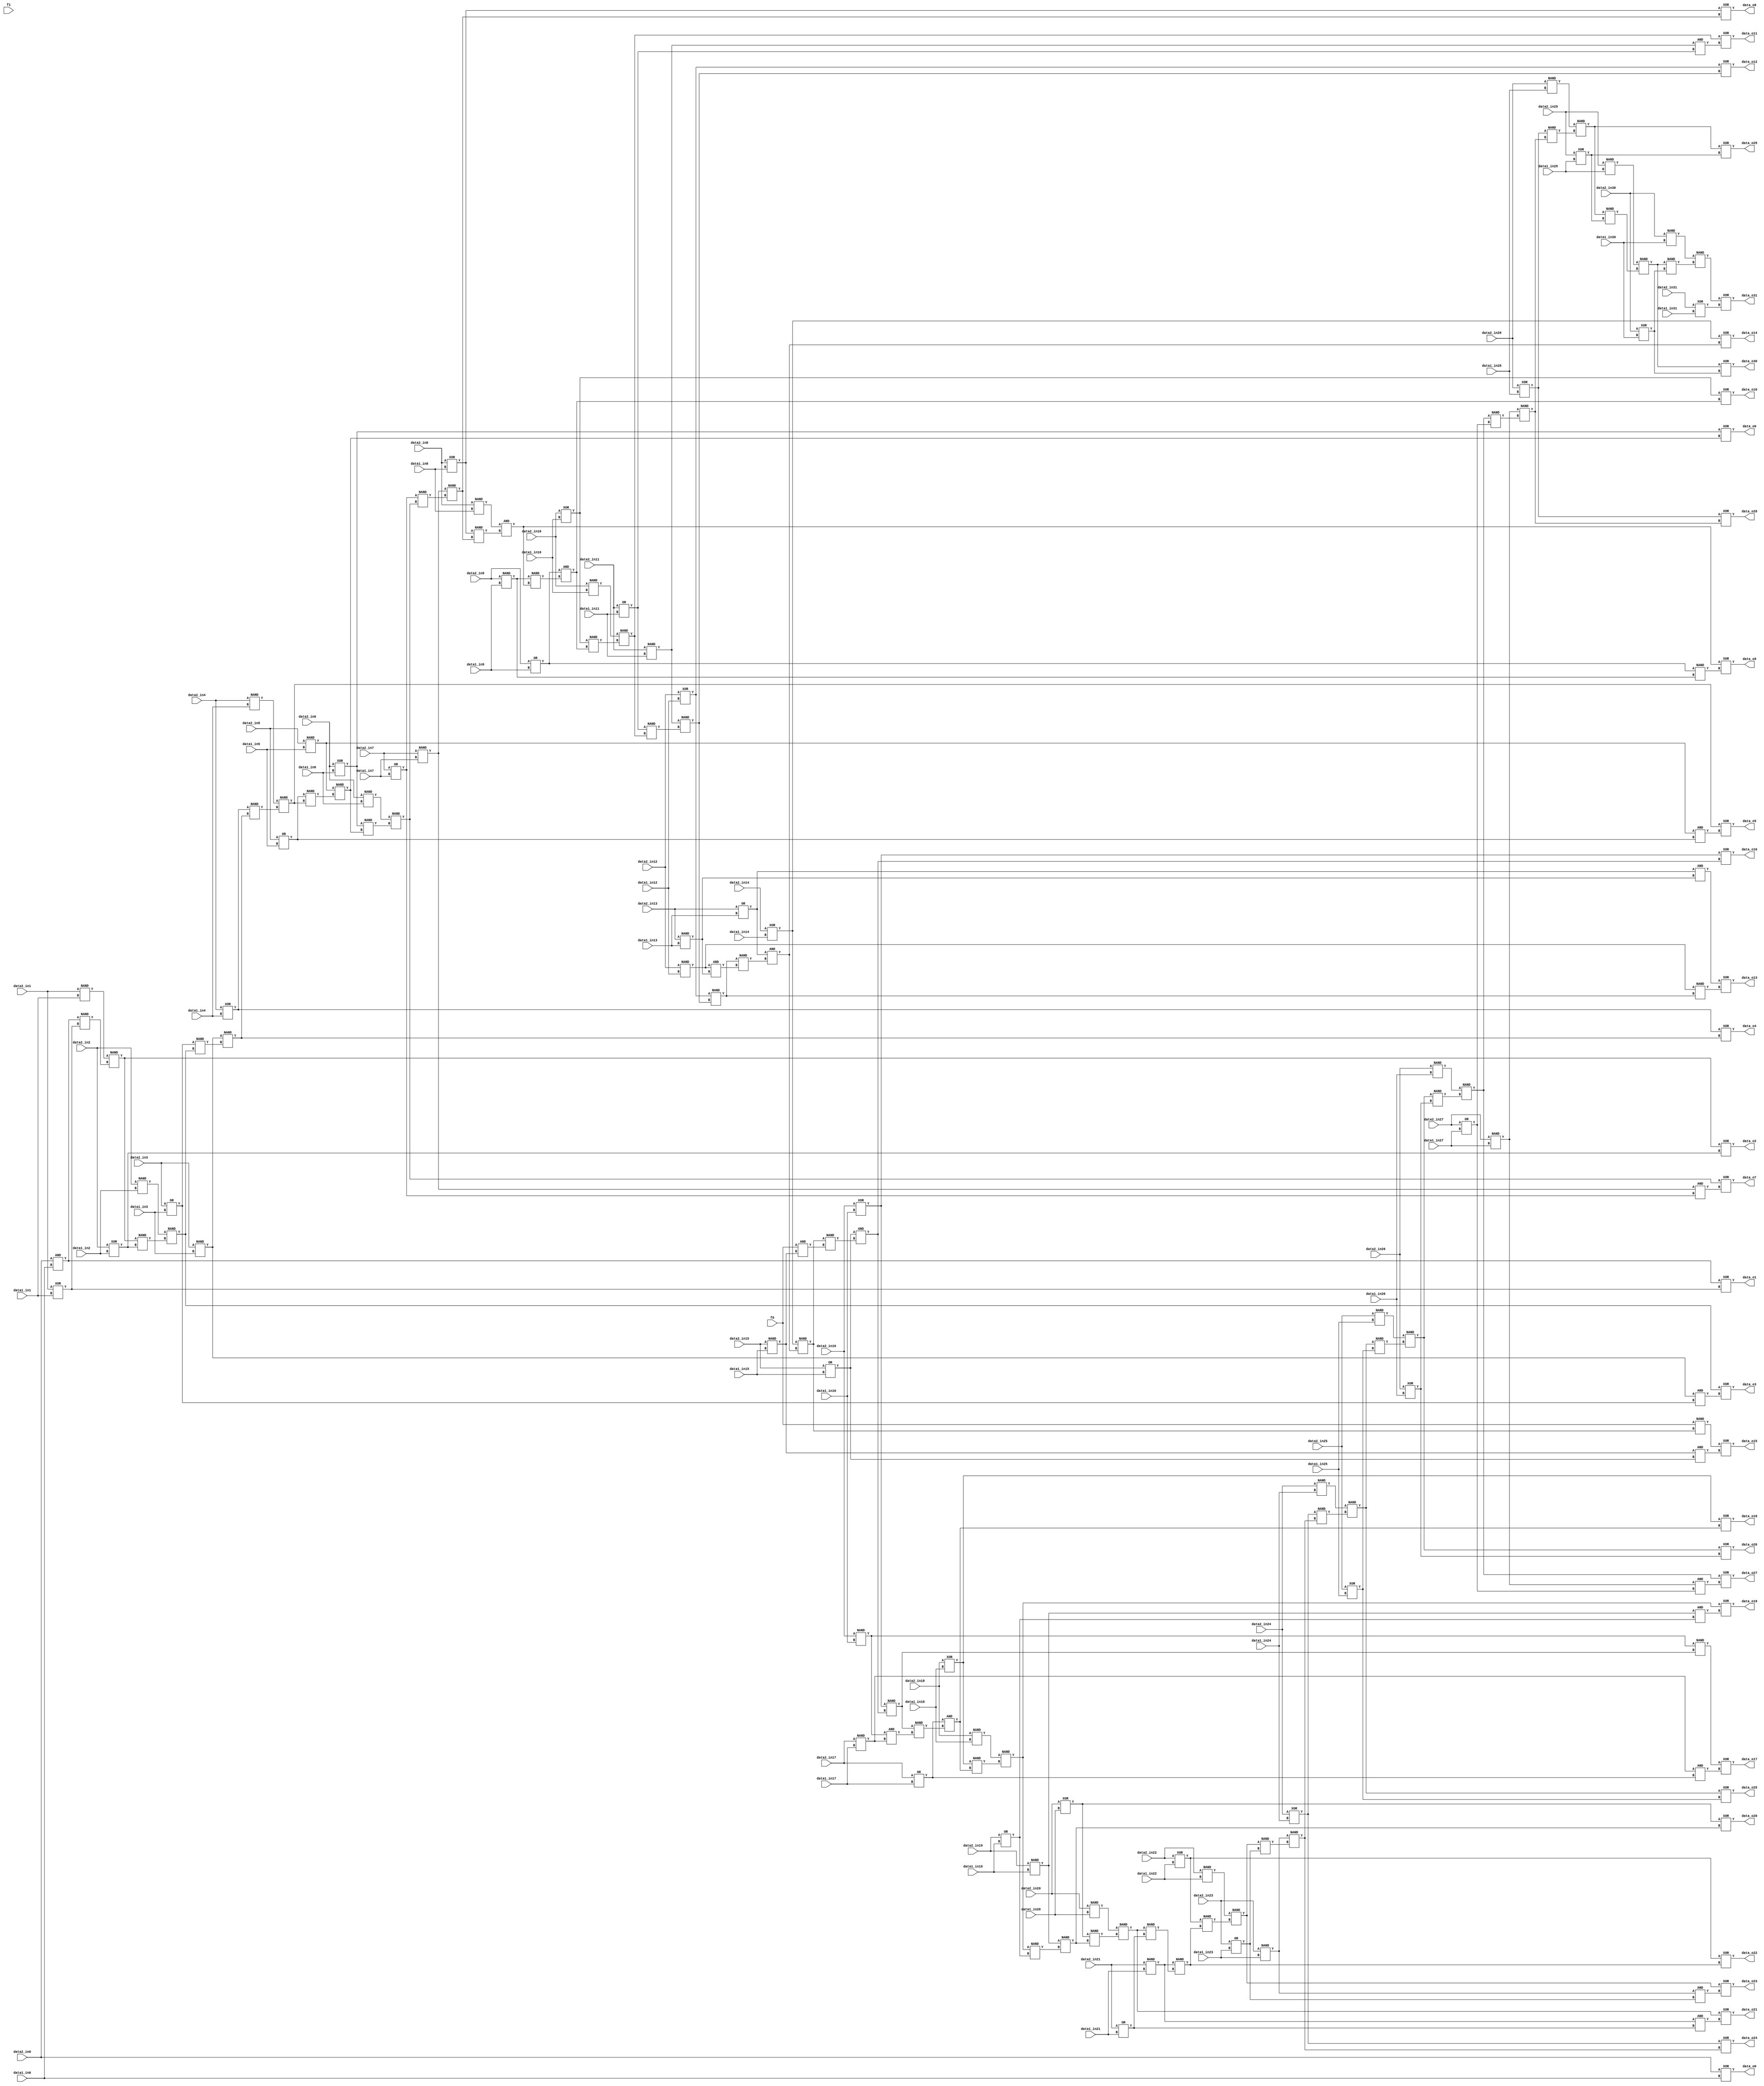
// Code your design here
`timescale 1ns / 1ps
/* Generated by Yosys 0.9 (git sha1 1979e0b) */

module ADDERF(
    data1_in0 , 
    data1_in1 , 
    data1_in2 , 
    data1_in3 , 
    data1_in4 , 
    data1_in5 , 
    data1_in6 , 
    data1_in7 , 
    data1_in8 , 
    data1_in9 , 
    data1_in10 , 
    data1_in11 , 
    data1_in12 , 
    data1_in13 , 
    data1_in14 , 
    data1_in15 , 
    data1_in16 , 
    data1_in17 , 
    data1_in18 , 
    data1_in19 , 
    data1_in20 , 
    data1_in21 , 
    data1_in22 , 
    data1_in23 , 
    data1_in24 , 
    data1_in25 , 
    data1_in26 , 
    data1_in27 , 
    data1_in28 , 
    data1_in29 , 
    data1_in30 , 
    data1_in31 , 
    data2_in0 , 
    data2_in1 , 
    data2_in2 , 
    data2_in3 , 
    data2_in4 , 
    data2_in5 , 
    data2_in6 , 
    data2_in7 , 
    data2_in8 , 
    data2_in9 , 
    data2_in10 , 
    data2_in11 , 
    data2_in12 , 
    data2_in13 , 
    data2_in14 , 
    data2_in15, 
    data2_in16 , 
    data2_in17 , 
    data2_in18 , 
    data2_in19 , 
    data2_in20 , 
    data2_in21 , 
    data2_in22 , 
    data2_in23 , 
    data2_in24 , 
    data2_in25 , 
    data2_in26 , 
    data2_in27 , 
    data2_in28 , 
    data2_in29 , 
    data2_in30 , 
    data2_in31 , 
    f0,
  	f1,
    data_o0 , 
    data_o1 , 
    data_o2 , 
    data_o3 , 
    data_o4 , 
    data_o5 , 
    data_o6 , 
    data_o7 , 
    data_o8 , 
    data_o9 , 
    data_o10 , 
    data_o11 , 
    data_o12 , 
    data_o13 , 
    data_o14 , 
    data_o15 , 
    data_o16 , 
    data_o17 , 
    data_o18 , 
    data_o19 , 
    data_o20 , 
    data_o21 , 
    data_o22 , 
    data_o23 , 
    data_o24 , 
    data_o25 , 
    data_o26 , 
    data_o27 , 
    data_o28 , 
    data_o29 , 
    data_o30 , 
    data_o31
);
     
  wire _000_;
  wire _001_;
  wire _002_;
  wire _003_;
  wire _004_;
  wire _005_;
  wire _006_;
  wire _007_;
  wire _008_;
  wire _009_;
  wire _010_;
  wire _011_;
  wire _012_;
  wire _013_;
  wire _014_;
  wire _015_;
  wire _016_;
  wire _017_;
  wire _018_;
  wire _019_;
  wire _020_;
  wire _021_;
  wire _022_;
  wire _023_;
  wire _024_;
  wire _025_;
  wire _026_;
  wire _027_;
  wire _028_;
  wire _029_;
  wire _030_;
  wire _031_;
  wire _032_;
  wire _033_;
  wire _034_;
  wire _035_;
  wire _036_;
  wire _037_;
  wire _038_;
  wire _039_;
  wire _040_;
  wire _041_;
  wire _042_;
  wire _043_;
  wire _044_;
  wire _045_;
  wire _046_;
  wire _047_;
  wire _048_;
  wire _049_;
  wire _050_;
  wire _051_;
  wire _052_;
  wire _053_;
  wire _054_;
  wire _055_;
  wire _056_;
  wire _057_;
  wire _058_;
  wire _059_;
  wire _060_;
  wire _061_;
  wire _062_;
  wire _063_;
  wire _064_;
  wire _065_;
  wire _066_;
  wire _067_;
  wire _068_;
  wire _069_;
  wire _070_;
  wire _071_;
  wire _072_;
  wire _073_;
  wire _074_;
  wire _075_;
  wire _076_;
  wire _077_;
  wire _078_;
  wire _079_;
  wire _080_;
  wire _081_;
  wire _082_;
  wire _083_;
  wire _084_;
  wire _085_;
  wire _086_;
  wire _087_;
  wire _088_;
  wire _089_;
  wire _090_;
  wire _091_;
  wire _092_;
  wire _093_;
  wire _094_;
  wire _095_;
  wire _096_;
  wire _097_;
  wire _098_;
  wire _099_;
  wire _100_;
  wire _101_;
  wire _102_;
  wire _103_;
  wire _104_;
  wire _105_;
  wire _106_;
  wire _107_;
  wire _108_;
  wire _109_;
  wire _110_;
  wire _111_;
  wire _112_;
  wire _113_;
  wire _114_;
  wire _115_;
  wire _116_;
  wire _117_;
  wire _118_;
  wire _119_;
  wire _120_;
  wire _121_;
  wire _122_;
  wire _123_;
  wire _124_;
  wire _125_;
  wire _126_;
  wire _127_;
  wire _128_;
  wire _129_;
  wire _130_;
  wire _131_;
  wire _132_;
  wire _133_;
  wire _134_;
  wire _135_;
  wire _136_;
  
input data1_in0;
input data1_in1;
input data1_in2;
input data1_in3;
input data1_in4;
input data1_in5;
input data1_in6;
input data1_in7;
input data1_in8;
input data1_in9;
input data1_in10;
input data1_in11;
input data1_in12;
input data1_in13;
input data1_in14;
input data1_in15;
input data1_in16;
input data1_in17;
input data1_in18;
input data1_in19;
input data1_in20;
input data1_in21;
input data1_in22;
input data1_in23;
input data1_in24;
input data1_in25;
input data1_in26;
input data1_in27;
input data1_in28;
input data1_in29;
input data1_in30;
input data1_in31;
input data2_in0;
input data2_in1;
input data2_in2;
input data2_in3;
input data2_in4;
input data2_in5;
input data2_in6;
input data2_in7;
input data2_in8;
input data2_in9;
input data2_in10;
input data2_in11;
input data2_in12;
input data2_in13;
input data2_in14;
input data2_in15;
input data2_in16;
input data2_in17;
input data2_in18;
input data2_in19;
input data2_in20;
input data2_in21;
input data2_in22;
input data2_in23;
input data2_in24;
input data2_in25;
input data2_in26;
input data2_in27;
input data2_in28;
input data2_in29;
input data2_in30;
input data2_in31;
input f0;
input f1;
output data_o0;
output data_o1;
output data_o2;
output data_o3;
output data_o4;
output data_o5;
output data_o6;
output data_o7;
output data_o8;
output data_o9;
output data_o10;
output data_o11;
output data_o12;
output data_o13;
output data_o14;
output data_o15;
output data_o16;
output data_o17;
output data_o18;
output data_o19;
output data_o20;
output data_o21;
output data_o22;
output data_o23;
output data_o24;
output data_o25;
output data_o26;
output data_o27;
output data_o28;
output data_o29;
output data_o30;
output data_o31;

  NAND _137_ (
    .A(data2_in14 ),
    .B(data1_in14 ),
    .Y(_134_)
  );
  XOR _138_ (
    .A(data2_in14 ),
    .B(data1_in14 ),
    .Y(_135_)
  );
  OR _139_ (
    .A(data2_in13 ),
    .B(data1_in13 ),
    .Y(_136_)
  );
  NAND _140_ (
    .A(data2_in12 ),
    .B(data1_in12 ),
    .Y(_000_)
  );
  XOR _141_ (
    .A(data2_in12 ),
    .B(data1_in12 ),
    .Y(_001_)
  );
  NAND _142_ (
    .A(data2_in11 ),
    .B(data1_in11 ),
    .Y(_002_)
  );
  OR _143_ (
    .A(data2_in11 ),
    .B(data1_in11 ),
    .Y(_003_)
  );
  NAND _144_ (
    .A(data2_in10 ),
    .B(data1_in10 ),
    .Y(_004_)
  );
  XOR _145_ (
    .A(data2_in10 ),
    .B(data1_in10 ),
    .Y(_005_)
  );
  OR _146_ (
    .A(data2_in9 ),
    .B(data1_in9 ),
    .Y(_006_)
  );
  NAND _147_ (
    .A(data2_in9 ),
    .B(data1_in9 ),
    .Y(_007_)
  );
  NAND _148_ (
    .A(data2_in8 ),
    .B(data1_in8 ),
    .Y(_008_)
  );
  XOR _149_ (
    .A(data2_in8 ),
    .B(data1_in8 ),
    .Y(_009_)
  );
  NAND _150_ (
    .A(data2_in7 ),
    .B(data1_in7 ),
    .Y(_010_)
  );
  OR _151_ (
    .A(data2_in7 ),
    .B(data1_in7 ),
    .Y(_011_)
  );
  NAND _152_ (
    .A(data2_in6 ),
    .B(data1_in6 ),
    .Y(_012_)
  );
  XOR _153_ (
    .A(data2_in6 ),
    .B(data1_in6 ),
    .Y(_013_)
  );
  NAND _154_ (
    .A(data2_in5 ),
    .B(data1_in5 ),
    .Y(_014_)
  );
  OR _155_ (
    .A(data2_in5 ),
    .B(data1_in5 ),
    .Y(_015_)
  );
  NAND _156_ (
    .A(data2_in4 ),
    .B(data1_in4 ),
    .Y(_016_)
  );
  XOR _157_ (
    .A(data2_in4 ),
    .B(data1_in4 ),
    .Y(_017_)
  );
  NAND _158_ (
    .A(data2_in3 ),
    .B(data1_in3 ),
    .Y(_018_)
  );
  OR _159_ (
    .A(data2_in3 ),
    .B(data1_in3 ),
    .Y(_019_)
  );
  NAND _160_ (
    .A(data2_in2 ),
    .B(data1_in2 ),
    .Y(_020_)
  );
  NAND _161_ (
    .A(data2_in1 ),
    .B(data1_in1 ),
    .Y(_021_)
  );
  AND _162_ (
    .A(data2_in0 ),
    .B(data1_in0 ),
    .Y(_022_)
  );
  XOR _163_ (
    .A(data2_in1 ),
    .B(data1_in1 ),
    .Y(_023_)
  );
  NAND _164_ (
    .A(_022_),
    .B(_023_),
    .Y(_024_)
  );
  NAND _165_ (
    .A(_021_),
    .B(_024_),
    .Y(_025_)
  );
  XOR _166_ (
    .A(data2_in2 ),
    .B(data1_in2 ),
    .Y(_026_)
  );
  NAND _167_ (
    .A(_025_),
    .B(_026_),
    .Y(_027_)
  );
  NAND _168_ (
    .A(_020_),
    .B(_027_),
    .Y(_028_)
  );
  NAND _169_ (
    .A(_019_),
    .B(_028_),
    .Y(_029_)
  );
  NAND _170_ (
    .A(_018_),
    .B(_029_),
    .Y(_030_)
  );
  NAND _171_ (
    .A(_017_),
    .B(_030_),
    .Y(_031_)
  );
  NAND _172_ (
    .A(_016_),
    .B(_031_),
    .Y(_032_)
  );
  NAND _173_ (
    .A(_015_),
    .B(_032_),
    .Y(_033_)
  );
  NAND _174_ (
    .A(_014_),
    .B(_033_),
    .Y(_034_)
  );
  NAND _175_ (
    .A(_013_),
    .B(_034_),
    .Y(_035_)
  );
  NAND _176_ (
    .A(_012_),
    .B(_035_),
    .Y(_036_)
  );
  NAND _177_ (
    .A(_011_),
    .B(_036_),
    .Y(_037_)
  );
  NAND _178_ (
    .A(_010_),
    .B(_037_),
    .Y(_038_)
  );
  NAND _179_ (
    .A(_009_),
    .B(_038_),
    .Y(_039_)
  );
  AND _180_ (
    .A(_008_),
    .B(_039_),
    .Y(_040_)
  );
  NAND _181_ (
    .A(_007_),
    .B(_040_),
    .Y(_041_)
  );
  AND _182_ (
    .A(_006_),
    .B(_041_),
    .Y(_042_)
  );
  NAND _183_ (
    .A(_005_),
    .B(_042_),
    .Y(_043_)
  );
  NAND _184_ (
    .A(_004_),
    .B(_043_),
    .Y(_044_)
  );
  NAND _185_ (
    .A(_003_),
    .B(_044_),
    .Y(_045_)
  );
  NAND _186_ (
    .A(_002_),
    .B(_045_),
    .Y(_046_)
  );
  NAND _187_ (
    .A(_001_),
    .B(_046_),
    .Y(_047_)
  );
  NAND _188_ (
    .A(data2_in13 ),
    .B(data1_in13 ),
    .Y(_048_)
  );
  AND _189_ (
    .A(_000_),
    .B(_048_),
    .Y(_049_)
  );
  NAND _190_ (
    .A(_047_),
    .B(_049_),
    .Y(_050_)
  );
  AND _191_ (
    .A(_136_),
    .B(_048_),
    .Y(_051_)
  );
  AND _192_ (
    .A(_136_),
    .B(_050_),
    .Y(_052_)
  );
  NAND _193_ (
    .A(_135_),
    .B(_052_),
    .Y(_053_)
  );
  XOR _194_ (
    .A(_135_),
    .B(_052_),
    .Y(data_o14 )
  );
  NAND _195_ (
    .A(f0),
    .B(_053_),
    .Y(_054_)
  );
  NAND _196_ (
    .A(data2_in15 ),
    .B(data1_in15 ),
    .Y(_055_)
  );
  OR _197_ (
    .A(data2_in15 ),
    .B(data1_in15 ),
    .Y(_056_)
  );
  AND _198_ (
    .A(_055_),
    .B(_056_),
    .Y(_057_)
  );
  XOR _199_ (
    .A(_054_),
    .B(_057_),
    .Y(data_o15 )
  );
  NAND _200_ (
    .A(data2_in16 ),
    .B(data1_in16 ),
    .Y(_058_)
  );
  XOR _201_ (
    .A(data2_in16 ),
    .B(data1_in16 ),
    .Y(_059_)
  );
  AND _202_ (
    .A(f0),
    .B(_055_),
    .Y(_060_)
  );
  NAND _203_ (
    .A(_053_),
    .B(_060_),
    .Y(_061_)
  );
  AND _204_ (
    .A(_056_),
    .B(_061_),
    .Y(_062_)
  );
  NAND _205_ (
    .A(_059_),
    .B(_062_),
    .Y(_063_)
  );
  XOR _206_ (
    .A(_059_),
    .B(_062_),
    .Y(data_o16 )
  );
  NAND _207_ (
    .A(_058_),
    .B(_063_),
    .Y(_064_)
  );
  NAND _208_ (
    .A(data2_in17 ),
    .B(data1_in17 ),
    .Y(_065_)
  );
  OR _209_ (
    .A(data2_in17 ),
    .B(data1_in17 ),
    .Y(_066_)
  );
  AND _210_ (
    .A(_065_),
    .B(_066_),
    .Y(_067_)
  );
  XOR _211_ (
    .A(_064_),
    .B(_067_),
    .Y(data_o17 )
  );
  NAND _212_ (
    .A(data2_in18 ),
    .B(data1_in18 ),
    .Y(_068_)
  );
  XOR _213_ (
    .A(data2_in18 ),
    .B(data1_in18 ),
    .Y(_069_)
  );
  AND _214_ (
    .A(_058_),
    .B(_065_),
    .Y(_070_)
  );
  NAND _215_ (
    .A(_063_),
    .B(_070_),
    .Y(_071_)
  );
  AND _216_ (
    .A(_066_),
    .B(_071_),
    .Y(_072_)
  );
  NAND _217_ (
    .A(_069_),
    .B(_072_),
    .Y(_073_)
  );
  XOR _218_ (
    .A(_069_),
    .B(_072_),
    .Y(data_o18 )
  );
  NAND _219_ (
    .A(_068_),
    .B(_073_),
    .Y(_074_)
  );
  NAND _220_ (
    .A(data2_in19 ),
    .B(data1_in19 ),
    .Y(_075_)
  );
  OR _221_ (
    .A(data2_in19 ),
    .B(data1_in19 ),
    .Y(_076_)
  );
  AND _222_ (
    .A(_075_),
    .B(_076_),
    .Y(_077_)
  );
  XOR _223_ (
    .A(_074_),
    .B(_077_),
    .Y(data_o19 )
  );
  NAND _224_ (
    .A(data2_in20 ),
    .B(data1_in20 ),
    .Y(_078_)
  );
  XOR _225_ (
    .A(data2_in20 ),
    .B(data1_in20 ),
    .Y(_079_)
  );
  NAND _226_ (
    .A(_074_),
    .B(_076_),
    .Y(_080_)
  );
  NAND _227_ (
    .A(_075_),
    .B(_080_),
    .Y(_081_)
  );
  NAND _228_ (
    .A(_079_),
    .B(_081_),
    .Y(_082_)
  );
  XOR _229_ (
    .A(_079_),
    .B(_081_),
    .Y(data_o20 )
  );
  NAND _230_ (
    .A(_078_),
    .B(_082_),
    .Y(_083_)
  );
  NAND _231_ (
    .A(data2_in21 ),
    .B(data1_in21 ),
    .Y(_084_)
  );
  OR _232_ (
    .A(data2_in21 ),
    .B(data1_in21 ),
    .Y(_085_)
  );
  AND _233_ (
    .A(_084_),
    .B(_085_),
    .Y(_086_)
  );
  XOR _234_ (
    .A(_083_),
    .B(_086_),
    .Y(data_o21 )
  );
  NAND _235_ (
    .A(data2_in22 ),
    .B(data1_in22 ),
    .Y(_087_)
  );
  XOR _236_ (
    .A(data2_in22 ),
    .B(data1_in22 ),
    .Y(_088_)
  );
  NAND _237_ (
    .A(_083_),
    .B(_085_),
    .Y(_089_)
  );
  NAND _238_ (
    .A(_084_),
    .B(_089_),
    .Y(_090_)
  );
  NAND _239_ (
    .A(_088_),
    .B(_090_),
    .Y(_091_)
  );
  XOR _240_ (
    .A(_088_),
    .B(_090_),
    .Y(data_o22 )
  );
  NAND _241_ (
    .A(_087_),
    .B(_091_),
    .Y(_092_)
  );
  NAND _242_ (
    .A(data2_in23 ),
    .B(data1_in23 ),
    .Y(_093_)
  );
  OR _243_ (
    .A(data2_in23 ),
    .B(data1_in23 ),
    .Y(_094_)
  );
  AND _244_ (
    .A(_093_),
    .B(_094_),
    .Y(_095_)
  );
  XOR _245_ (
    .A(_092_),
    .B(_095_),
    .Y(data_o23 )
  );
  NAND _246_ (
    .A(data2_in24 ),
    .B(data1_in24 ),
    .Y(_096_)
  );
  XOR _247_ (
    .A(data2_in24 ),
    .B(data1_in24 ),
    .Y(_097_)
  );
  NAND _248_ (
    .A(_092_),
    .B(_094_),
    .Y(_098_)
  );
  NAND _249_ (
    .A(_093_),
    .B(_098_),
    .Y(_099_)
  );
  NAND _250_ (
    .A(_097_),
    .B(_099_),
    .Y(_100_)
  );
  XOR _251_ (
    .A(_097_),
    .B(_099_),
    .Y(data_o24 )
  );
  NAND _252_ (
    .A(_096_),
    .B(_100_),
    .Y(_101_)
  );
  NAND _253_ (
    .A(data2_in25 ),
    .B(data1_in25 ),
    .Y(_102_)
  );
  XOR _254_ (
    .A(data2_in25 ),
    .B(data1_in25 ),
    .Y(_103_)
  );
  NAND _255_ (
    .A(_101_),
    .B(_103_),
    .Y(_104_)
  );
  XOR _256_ (
    .A(_101_),
    .B(_103_),
    .Y(data_o25 )
  );
  NAND _257_ (
    .A(_102_),
    .B(_104_),
    .Y(_105_)
  );
  NAND _258_ (
    .A(data2_in26 ),
    .B(data1_in26 ),
    .Y(_106_)
  );
  XOR _259_ (
    .A(data2_in26 ),
    .B(data1_in26 ),
    .Y(_107_)
  );
  NAND _260_ (
    .A(_105_),
    .B(_107_),
    .Y(_108_)
  );
  XOR _261_ (
    .A(_105_),
    .B(_107_),
    .Y(data_o26 )
  );
  NAND _262_ (
    .A(_106_),
    .B(_108_),
    .Y(_109_)
  );
  NAND _263_ (
    .A(data2_in27 ),
    .B(data1_in27 ),
    .Y(_110_)
  );
  OR _264_ (
    .A(data2_in27 ),
    .B(data1_in27 ),
    .Y(_111_)
  );
  AND _265_ (
    .A(_110_),
    .B(_111_),
    .Y(_112_)
  );
  XOR _266_ (
    .A(_109_),
    .B(_112_),
    .Y(data_o27 )
  );
  NAND _267_ (
    .A(data2_in28 ),
    .B(data1_in28 ),
    .Y(_113_)
  );
  XOR _268_ (
    .A(data2_in28 ),
    .B(data1_in28 ),
    .Y(_114_)
  );
  NAND _269_ (
    .A(_109_),
    .B(_111_),
    .Y(_115_)
  );
  NAND _270_ (
    .A(_110_),
    .B(_115_),
    .Y(_116_)
  );
  NAND _271_ (
    .A(_114_),
    .B(_116_),
    .Y(_117_)
  );
  XOR _272_ (
    .A(_114_),
    .B(_116_),
    .Y(data_o28 )
  );
  NAND _273_ (
    .A(_113_),
    .B(_117_),
    .Y(_118_)
  );
  NAND _274_ (
    .A(data2_in29 ),
    .B(data1_in29 ),
    .Y(_119_)
  );
  XOR _275_ (
    .A(data2_in29 ),
    .B(data1_in29 ),
    .Y(_120_)
  );
  NAND _276_ (
    .A(_118_),
    .B(_120_),
    .Y(_121_)
  );
  XOR _277_ (
    .A(_118_),
    .B(_120_),
    .Y(data_o29 )
  );
  NAND _278_ (
    .A(_119_),
    .B(_121_),
    .Y(_122_)
  );
  NAND _279_ (
    .A(data2_in30 ),
    .B(data1_in30 ),
    .Y(_123_)
  );
  XOR _280_ (
    .A(data2_in30 ),
    .B(data1_in30 ),
    .Y(_124_)
  );
  NAND _281_ (
    .A(_122_),
    .B(_124_),
    .Y(_125_)
  );
  XOR _282_ (
    .A(_122_),
    .B(_124_),
    .Y(data_o30 )
  );
  NAND _283_ (
    .A(_123_),
    .B(_125_),
    .Y(_126_)
  );
  XOR _284_ (
    .A(data2_in31 ),
    .B(data1_in31 ),
    .Y(_127_)
  );
  XOR _285_ (
    .A(_126_),
    .B(_127_),
    .Y(data_o31 )
  );
  XOR _286_ (
    .A(data2_in0 ),
    .B(data1_in0 ),
    .Y(data_o0 )
  );
  XOR _287_ (
    .A(_022_),
    .B(_023_),
    .Y(data_o1 )
  );
  XOR _288_ (
    .A(_025_),
    .B(_026_),
    .Y(data_o2 )
  );
  AND _289_ (
    .A(_018_),
    .B(_019_),
    .Y(_128_)
  );
  XOR _290_ (
    .A(_028_),
    .B(_128_),
    .Y(data_o3 )
  );
  XOR _291_ (
    .A(_017_),
    .B(_030_),
    .Y(data_o4 )
  );
  AND _292_ (
    .A(_014_),
    .B(_015_),
    .Y(_129_)
  );
  XOR _293_ (
    .A(_032_),
    .B(_129_),
    .Y(data_o5 )
  );
  XOR _294_ (
    .A(_013_),
    .B(_034_),
    .Y(data_o6 )
  );
  AND _295_ (
    .A(_010_),
    .B(_011_),
    .Y(_130_)
  );
  XOR _296_ (
    .A(_036_),
    .B(_130_),
    .Y(data_o7 )
  );
  XOR _297_ (
    .A(_009_),
    .B(_038_),
    .Y(data_o8 )
  );
  NAND _298_ (
    .A(_006_),
    .B(_007_),
    .Y(_131_)
  );
  XOR _299_ (
    .A(_040_),
    .B(_131_),
    .Y(data_o9 )
  );
  XOR _300_ (
    .A(_005_),
    .B(_042_),
    .Y(data_o10 )
  );
  AND _301_ (
    .A(_002_),
    .B(_003_),
    .Y(_132_)
  );
  XOR _302_ (
    .A(_044_),
    .B(_132_),
    .Y(data_o11 )
  );
  XOR _303_ (
    .A(_001_),
    .B(_046_),
    .Y(data_o12 )
  );
  NAND _304_ (
    .A(_000_),
    .B(_047_),
    .Y(_133_)
  );
  XOR _305_ (
    .A(_051_),
    .B(_133_),
    .Y(data_o13 )
  );
endmodule



module BUF(A, Y);

input A;

output Y;

assign Y = A;

endmodule



module NOT(A, Y);

input A;

output Y;

assign Y = ~A;

endmodule



module AND(A, B, Y);

input A, B;

output Y;

assign Y = A & B;

endmodule



module NAND(A, B, Y);

input A, B;

output Y;

assign Y = ~(A & B);

endmodule



module OR(A, B, Y);

input A, B;

output Y;

assign Y = A | B;

endmodule



module NOR(A, B, Y);

input A, B;

output Y;

assign Y = ~(A | B);

endmodule



module XOR(A, B, Y);

input A, B;

output Y;

assign Y = A ^ B;

endmodule



module DFF(C, D, Q);

input C, D;

output reg Q;

always @(posedge C)

	Q <= D;

endmodule



module DFFSR(C, D, Q, S, R);

input C, D, S, R;

output reg Q;

always @(posedge C, posedge S, posedge R)

	if (S)

		Q <= 1'b1;

	else if (R)

		Q <= 1'b0;

	else

		Q <= D;

endmodule